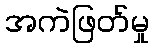
အကဲဖြတ်မှု